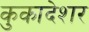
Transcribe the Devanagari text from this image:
कुकादेशर